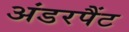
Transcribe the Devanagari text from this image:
अंडरपैंट